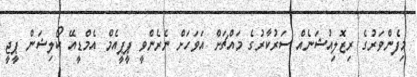
މިފެންވަރުގެ ރިޒޮލިއުޝަނެއް ސަރުކާރުގެ މައްޗަށް އަވަހަށް ނެރެންވީ ޕީޕީއެމް އެމްޑީއޭ ކޯލިޝަން ޕީޖީ